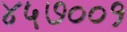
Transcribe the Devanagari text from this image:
४५७००१